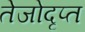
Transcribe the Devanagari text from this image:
तेजोदृप्त